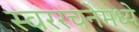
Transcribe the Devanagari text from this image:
स्वररचनेमध्ये